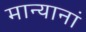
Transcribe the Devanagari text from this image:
मान्यानां